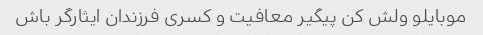
موبایلو ولش کن پیگیر معافیت و کسری فرزندان ایثارگر باش